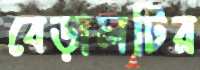
বেড়ালটির